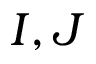
I , J